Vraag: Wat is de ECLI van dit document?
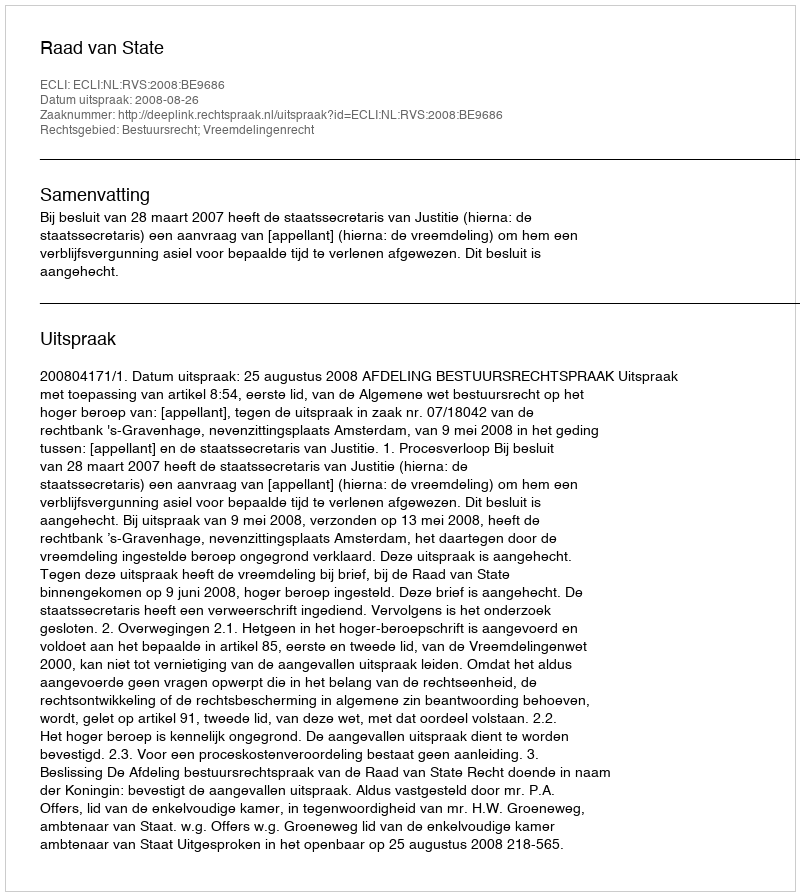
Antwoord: ECLI:NL:RVS:2008:BE9686